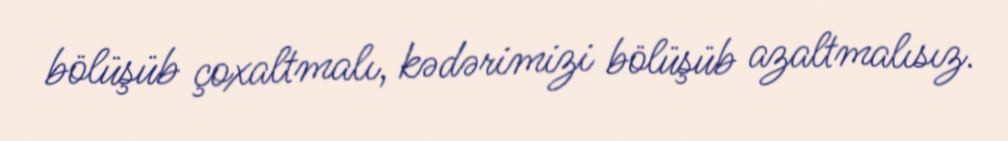
bölüşüb çoxaltmalı, kədərimizi bölüşüb azaltmalısız.